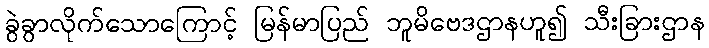
ခွဲခွာလိုက်သောကြောင့် မြန်မာပြည် ဘူမိဗေဒဌာနဟူ၍ သီးခြားဌာန